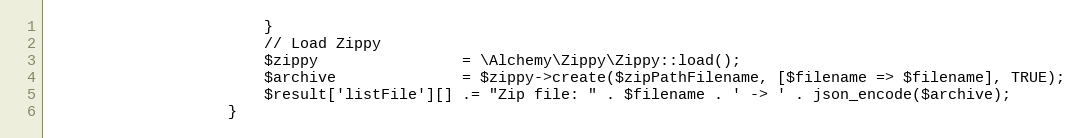
Language: PHP
                        }
                        // Load Zippy
                        $zippy                = \Alchemy\Zippy\Zippy::load();
                        $archive              = $zippy->create($zipPathFilename, [$filename => $filename], TRUE);
                        $result['listFile'][] .= "Zip file: " . $filename . ' -> ' . json_encode($archive);
                    }